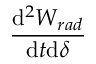
\frac { \mathrm { d } ^ { 2 } W _ { r a d } } { \mathrm { d } t \mathrm { d } \delta }